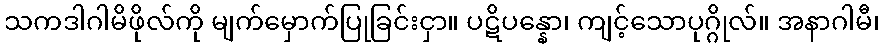
သကဒါဂါမိဖိုလ်ကို မျက်မှောက်ပြုခြင်းငှာ။ ပဋိပန္နော၊ ကျင့်သောပုဂ္ဂိုလ်။ အနာဂါမီ၊